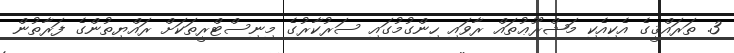
3. ތަރައްޤީގެ އެކިއެކި މަޝްރޫޢުތައް ރާވައި ހިންގުމުގައި ސަރުކާރުގެ މިނިސްޓްރީތަކަށް ރައްޔިތުންގެ ފަރާތުން